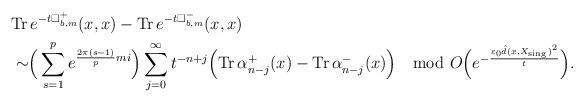
LaTeX: \begin{align*} &\mathrm{Tr\,}e^{-t\Box^+_{b,m}}(x,x)-\mathrm{Tr\,}e^{-t\Box^-_{b,m}}(x,x) \\&\sim\Bigr(\sum\limits^{p}_{s=1}e^{\frac{2\pi(s-1)}{p}mi}\Bigr)\sum^\infty_{j=0}t^{-n+j}\Bigr(\mathrm{Tr\,}\alpha^+_{n-j}(x)-\mathrm{Tr\,}\alpha^-_{n-j}(x)\Bigr)\mod O\Bigr(e^{-\frac{\varepsilon_0\hat d(x,X_{\mathrm{sing\,}})^2}{t}}\Bigr).\end{align*}